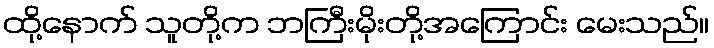
ထို့နောက် သူတို့က ဘကြီးမိုးတို့အကြောင်း မေးသည်။